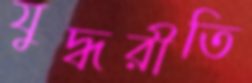
যুদ্ধরীতি